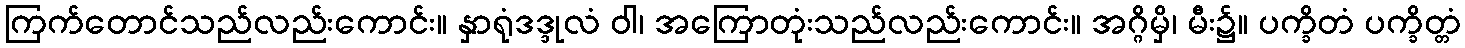
ကြက်တောင်သည်လည်းကောင်း။ နှာရုံဒဒ္ဒုလံ ဝါ၊ အကြောတုံးသည်လည်းကောင်း။ အဂ္ဂိမှိ၊ မီး၌။ ပက္ခိတံ ပက္ခိတ္တံ